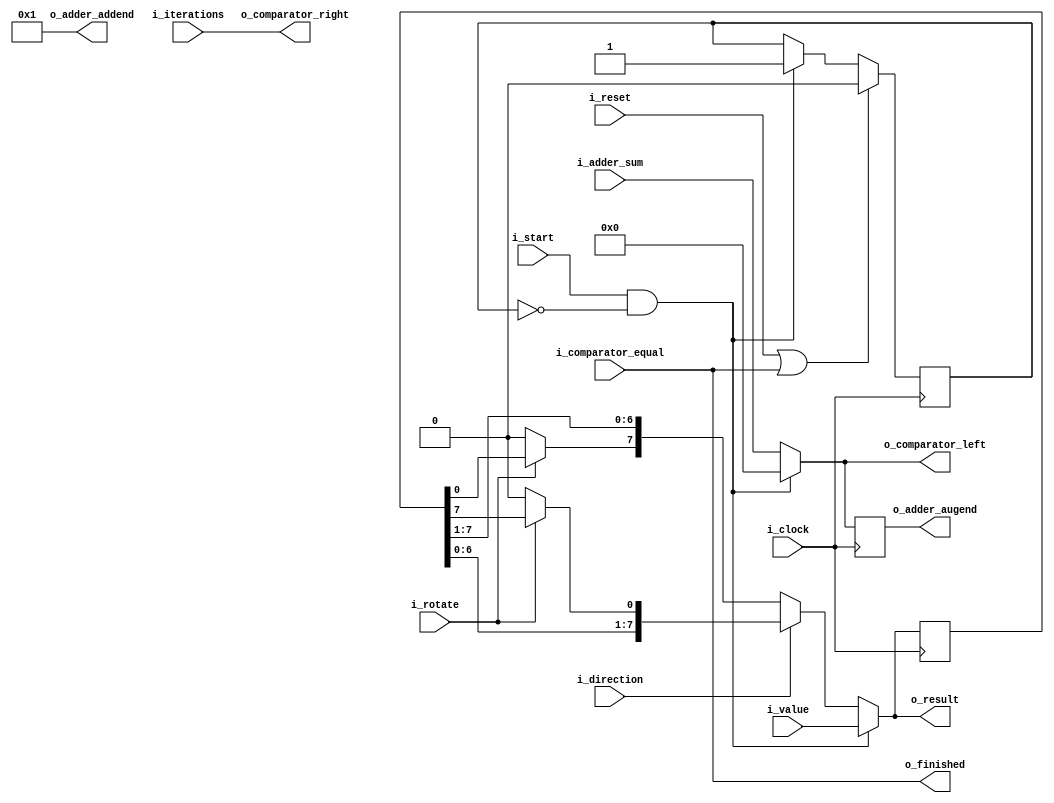
/* =================================================
 * SHIFTER: output = input << cycles
 *          output = input >> cycles
 * ================================================= */

module Shifter
#(
	parameter N = 8
)
(
	// CONTROL //

	input wire i_clock,
	input wire i_reset,
	input wire i_start,
	output wire o_finished,

	input wire i_direction,   // 1 = left, 0 = right
	input wire i_rotate,      // 1 = rotate, 0 = shift

	input wire [N - 1 : 0] i_iterations,

	// DATA //

	input wire [N - 1 : 0] i_value,
	output wire [N - 1 : 0] o_result,

	// ADDER //

	output wire [N - 1 : 0] o_adder_augend,
	output wire [N - 1 : 0] o_adder_addend,
	input wire [N - 1 : 0] i_adder_sum,

	// COMPARATOR //

	output wire [N - 1 : 0] o_comparator_left,
	output wire [N - 1 : 0] o_comparator_right,
	input wire i_comparator_equal
);
	// STATE MACHINE //

	wire start;
	reg busy;

	// throttling for continuous operation
	assign start = i_start & ~busy;

	// busy flag
	always @ (posedge i_clock) begin
		if (i_reset | o_finished) begin
			busy <= 1'b0;
		end else if (start) begin
			busy <= 1'b1;
		end
	end

	// COUNTER //

	wire [N - 1 : 0] sum;         // incrementer output
	wire [N - 1 : 0] increment;   // hardcoded to 1
	wire [N - 1 : 0] current;     // current iteration count
	reg [N - 1 : 0] elapsed;      // number of elapsed iterations (registered value of current)

	assign increment = 1;

	// increment each time a shift or rotate occurs
	assign o_adder_augend = elapsed;
	assign o_adder_addend = increment;
	assign sum = i_adder_sum;
	// carry doesn't matter because iterations > N becomes meaningless

	assign current = start ? 0 : sum;

	// save the latest counter value
	always @ (posedge i_clock) begin
		elapsed <= current;
	end

	// check if the required number of shifts have occurred
	assign o_comparator_left = current;
	assign o_comparator_right = i_iterations;
	assign o_finished = i_comparator_equal;

	// SHIFTER / ROTATOR //

	reg [N - 1 : 0] value;      // previous value (shift register)
	wire [N - 1 : 0] shifted;   // shifted or rotated value
	wire msb;                   // new MSB depending on shift or rotation
	wire lsb;                   // new LSB depending on shift or rotation

	assign msb = i_rotate ? value[0] : 1'b0;       // if rotate then new MSB = old LSB, otherwise new MSB = 0
	assign lsb = i_rotate ? value[N - 1] : 1'b0;   // if rotate then new LSB = old MSB, otherwise new LSB = 0

	// shift left or right depending on the value of i_direction
	assign shifted = i_direction ? {value[N - 2 : 0], lsb} : {msb, value[N - 1 : 1]};

	// save shifted or rotated value for next iteration
	always @ (posedge i_clock) begin
		value <= o_result;
	end

	assign o_result = start ? i_value : shifted;

endmodule